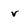
Character: v